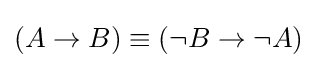
(A\to B)\equiv (\neg B\to \neg A)